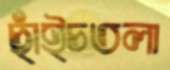
ছাঁইচতলা